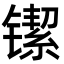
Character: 𬭴